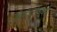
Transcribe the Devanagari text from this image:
डॉक्‍टरांमध्येही